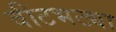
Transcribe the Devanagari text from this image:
वीटभट्या